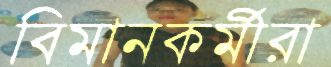
বিমানকর্মীরা